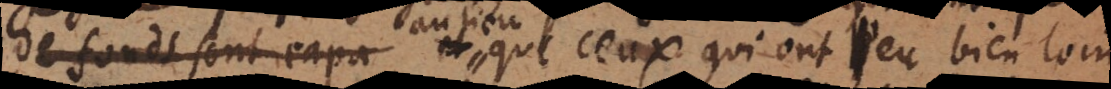
de fonds sont capa que ceux qui ont peu bien loin